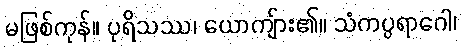
မဖြစ်ကုန်။ ပုရိသဿ၊ ယောကျ်ား၏။ သံကပ္ပရာဂေါ၊